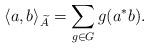
LaTeX: \begin{align*}\left\langle a, b \right\rangle_{\widetilde{A}} = \sum_{g \in G} g(a^*b).\end{align*}